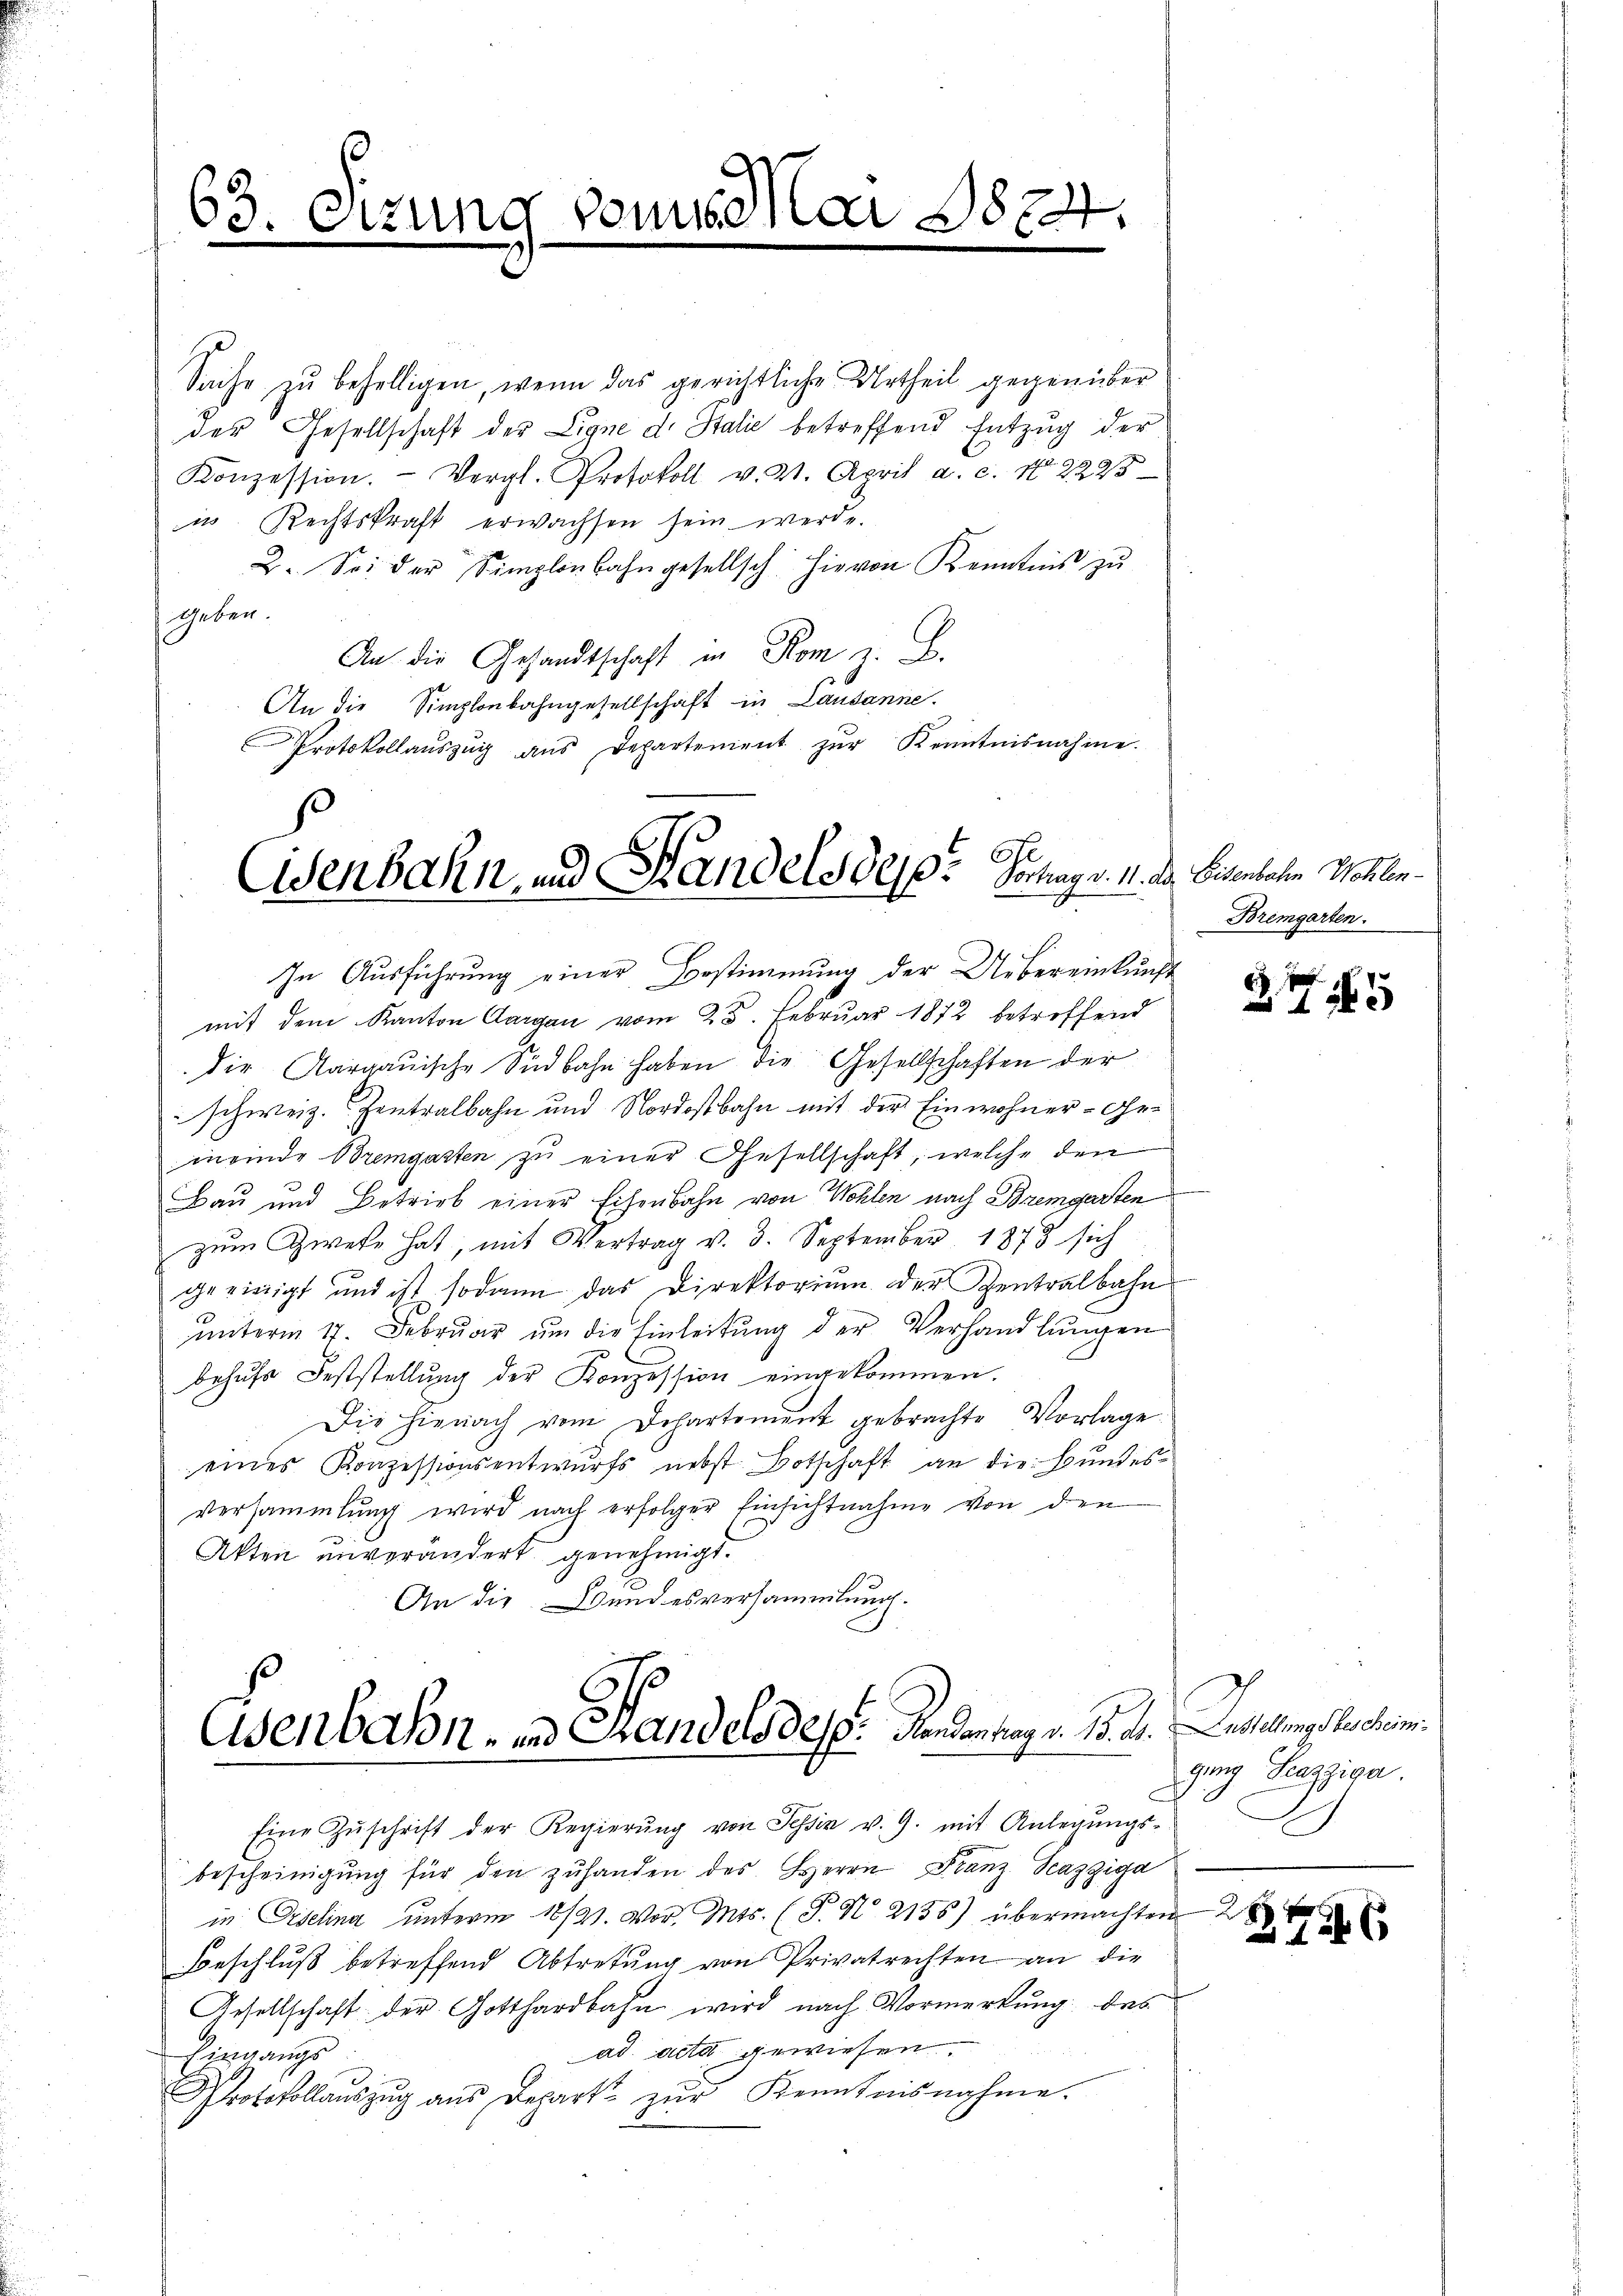
63. Sizung von Mai 1824.
e
.
e

Sache zu behelligen, wenn das gerichtliche Urtheil gegenüber
des Gesellschaft der Ligne d. Stalie betreffend Entzug der
Konzession. Vergl. Protokoll v. 2. April a. c. No. 2223
in Rechtskraft erwachsen sein werde.
2. Sei der Simplenbahngesellsch hievon Kenntnis zŭ
Geben.
An die Gesandtschaft in Rom z. B.
An die Simplonbahngesellschaft in Lausanne.
Protokollaŭszŭg aŭs Departement zŭr Kenntnisnahme.

Eisenbahn, und Handels des Portung 11. d.

In Ausführung einer Bestimmung der Uebereinkunft
mit dem Kanton Aargau vom 28. Februar 1872 betreffend
die Aargauische Südbahn haben die Gesellschaften der
schweiz. Zentralbahn und Nordostbahn mit der Einwohner-Gemeinde Bremgarten zŭ einer Gesellschaft, welche den
Bau und Betrieb einer Eisenbahn von Wohlen nach Bremgarten
zum Zwete hat, mit Vertrag v. 3. September 1873 sich
geeinigt und ist sodann das Direktorium der Szentralbahn
unterm 17. Februar um die Einleitung der Verhandlungen
behufs Feststellung der Konzession eingekommen.
Die hienach vom Departement gebrachte Vorlage.
eines Konzessionsentwurfs nebst Botschaft an die Bundes¬
Versammlung wird nach erfolger Einsichtnahme von den
Akten unverändert genehmigt.
An die Bundesversammlung.

Asenbahn- und Grandels des Mandantrag v. 15. ds. Anstellungsbescheim.

Eine Zŭschrift der Regierŭng von Tessin v. 9. mit Anlegŭngs-
bescheinigung für den zŭ handen des Herrn Franz Seazziga
in Erselina ŭnterm 18/21. Vor. Mts. (T. N. 2136) übermachten
Beschluß betreffend Abtretung von Privatrechten an die
Gesellschaft der Gotthardbahn wird nach Vormerkung des
ad acta gewiesen.
Eingangs
Protokollaŭszŭg aŭs behart zŭr Kenntnisnahme.

d. Eisenbahn Wohlen.
Bremgarten.

.
5

ging Sazziga

2
12 x